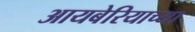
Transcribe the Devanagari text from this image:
आयबेरियाच्या